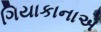
ગિયાકાનાએ